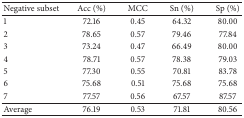
<table><thead><tr><td><b>Negative subset</b></td><td><b>Acc (%)</b></td><td><b>MCC </b></td><td><b>Sn (%)</b></td><td><b>Sp (%)</b></td></tr></thead><tbody><tr><td>1</td><td>72.16</td><td>0.45</td><td>64.32</td><td>80.00</td></tr><tr><td>2</td><td>78.65</td><td>0.57</td><td>79.46</td><td>77.84</td></tr><tr><td>3</td><td>73.24</td><td>0.47</td><td>66.49</td><td>80.00</td></tr><tr><td>4</td><td>78.71</td><td>0.57</td><td>78.38</td><td>79.03</td></tr><tr><td>5</td><td>77.30</td><td>0.55</td><td>70.81</td><td>83.78</td></tr><tr><td>6</td><td>75.68</td><td>0.51</td><td>75.68</td><td>75.68</td></tr><tr><td>7</td><td>77.57</td><td>0.56</td><td>67.57</td><td>87.57</td></tr><tr><td>Average</td><td>76.19</td><td>0.53</td><td>71.81</td><td>80.56</td></tr></tbody></table>